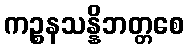
ကဉ္စနသန္နိဘတ္တစေ